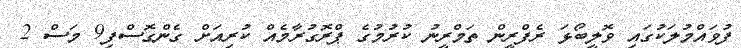
ފުވައްމުލަކުގައި ވޮލީބޯޅަ ރެފްރީން ތަމްރީނު ކުރުމުގެ ޕްރޮގުރާމެއް ކުރިއަށް ގެންގޮސްފި9 މަސް 2